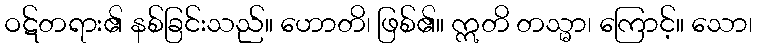
ဝဋ်တရား၏ နစ်ခြင်းသည်။ ဟောတိ၊ ဖြစ်၏။ ဣတိ တသ္မာ၊ ကြောင့်။ သော၊